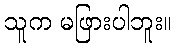
သူက မဖြားပါဘူး။